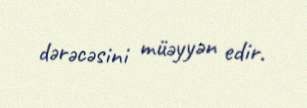
dərəcəsini müəyyən edir.